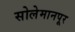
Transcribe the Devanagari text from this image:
सोलेमानपूर